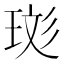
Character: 珳